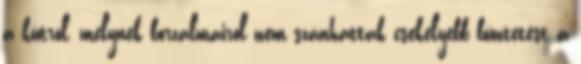
a kútról, melynek borzalmairól nem szánhattak csekélyebb büntetést a